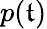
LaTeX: p(\mathfrak{t})